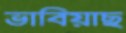
ভাবিয়াছ